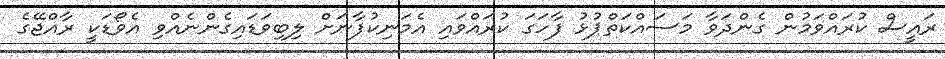
ރައީސް ކުރައްވަމުން ގެންދަވާ މަސައްކަތްޕުޅު ފާހަގަ ކުރައްވައި އެމަނިކުފާނަށް ލިބިވަޑައިގެންނެއްވި އެވޯޑަކީ ރާއްޖޭގެ